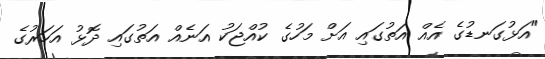
"އަޅުގަނޑުގެ އެއް އަތުގައި އަށް މަހުގެ ކުއްޖަކު އަނެއް އަތުގައި ދޮޅު އަހަރުގެ